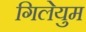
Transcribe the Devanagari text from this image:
गिलेयुम